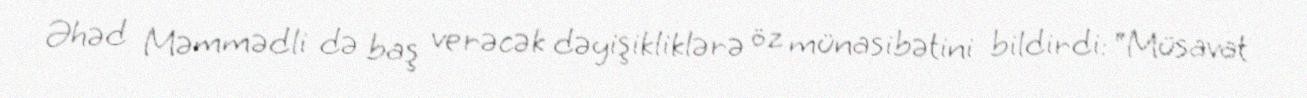
Əhəd Məmmədli də baş verəcək dəyişikliklərə öz münasibətini bildirdi: “Müsavat